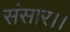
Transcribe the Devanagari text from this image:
संसार।।